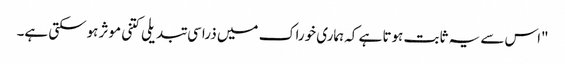
"اس سے یہ ثابت ہوتا ہے کہ ہماری خوراک میں ذرا سی تبدیلی کتنی موثر ہوسکتی ہے۔